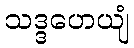
သဒ္ဒဟေယျံ